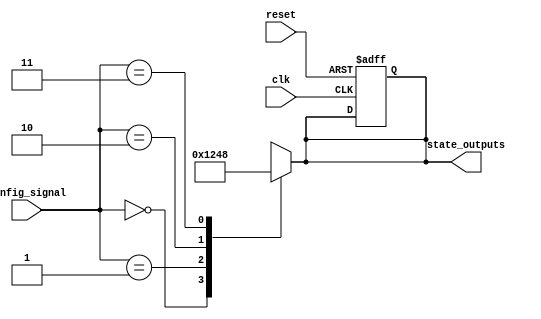
module ConfigurableInitialConditions #(
    parameter NUM_OUTPUTS = 4,       // Number of output signals
    parameter CONFIG_WIDTH = 2        // Width of the config signal (for example, 2 bits for 4 states)
)(
    input wire [CONFIG_WIDTH-1:0] config_signal, // Multi-bit input for initial conditions
    input wire clk,                               // Clock signal
    input wire reset,                             // Reset signal (active-high)
    output reg [NUM_OUTPUTS-1:0] state_outputs   // State outputs
);

// Default state when reset is active
localparam DEFAULT_STATE = {NUM_OUTPUTS{1'b0}}; // All outputs to zero

// Combinational logic to determine state based on config_signal
always @* begin
    case (config_signal)
        2'b00: state_outputs = 4'b0001; // Condition 1
        2'b01: state_outputs = 4'b0010; // Condition 2
        2'b10: state_outputs = 4'b0100; // Condition 3
        2'b11: state_outputs = 4'b1000; // Condition 4
        default: state_outputs = DEFAULT_STATE; // Default case
    endcase
end

// Sequential logic to handle clock and reset
always @(posedge clk or posedge reset) begin
    if (reset) begin
        state_outputs <= DEFAULT_STATE; // Reset to default state
    end else begin
        // State outputs are updated based on the combinational logic
        // This ensures that the output values are latched
        state_outputs <= state_outputs; // Hold current state until next clock edge
    end
end

endmodule